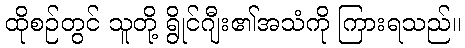
ထိုစဉ်တွင် သူတို့ ရွိုင်ဂျီး၏အသံကို ကြားရသည်။